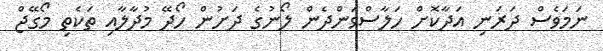
ނަމަވެސް ދަރަނި އަދާކޮށް ހަލާސްވަންދެން ލޯނުގެ ދަށުން ހޯދޭ މުދާލާއި ތަކެތި މޯގޭޖް